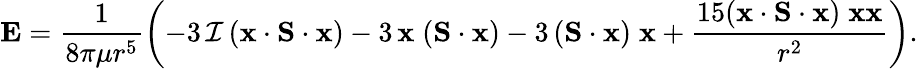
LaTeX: \mathbf{E}=\frac{1}{8\pi\mu r^{5}}\left(-3\, \mathcal{I}\, (\mathbf{x}\cdot\mathbf{S}\cdot\mathbf{x})-3\, \mathbf{x}\; (\mathbf{S}\cdot\mathbf{x})-3\, (\mathbf{S}\cdot\mathbf{x})\; \mathbf{x}+\frac{15(\mathbf{x}\cdot\mathbf{S}\cdot\mathbf{x})\; \mathbf{x}\mathbf{x}}{r^{2}}\right).